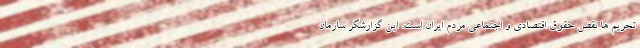
تحریم ها نقض حقوق اقتصادی و اجتماعی مردم ایران است. این گزارشگر سازمان